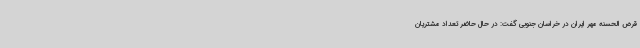
قرض الحسنه مهر ایران در خراسان جنوبی گفت: در حال حاضر تعداد مشتریان